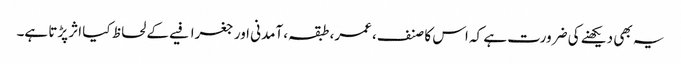
یہ بھی دیکھنے کی ضرورت ہے کہ اس کا صنف، عمر، طبقہ، آمدنی اور جغرافیے کے لحاظ کیا اثر پڑتا ہے۔